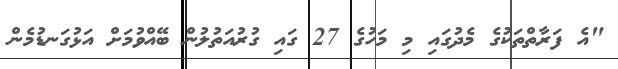
"އެ ފަރާތްތަކުގެ މެދުގައި މި މަހުގެ 27 ގައި ގުރުއަތުލުން ބޭއްވުމަށް އަޅުގަނޑުމެން